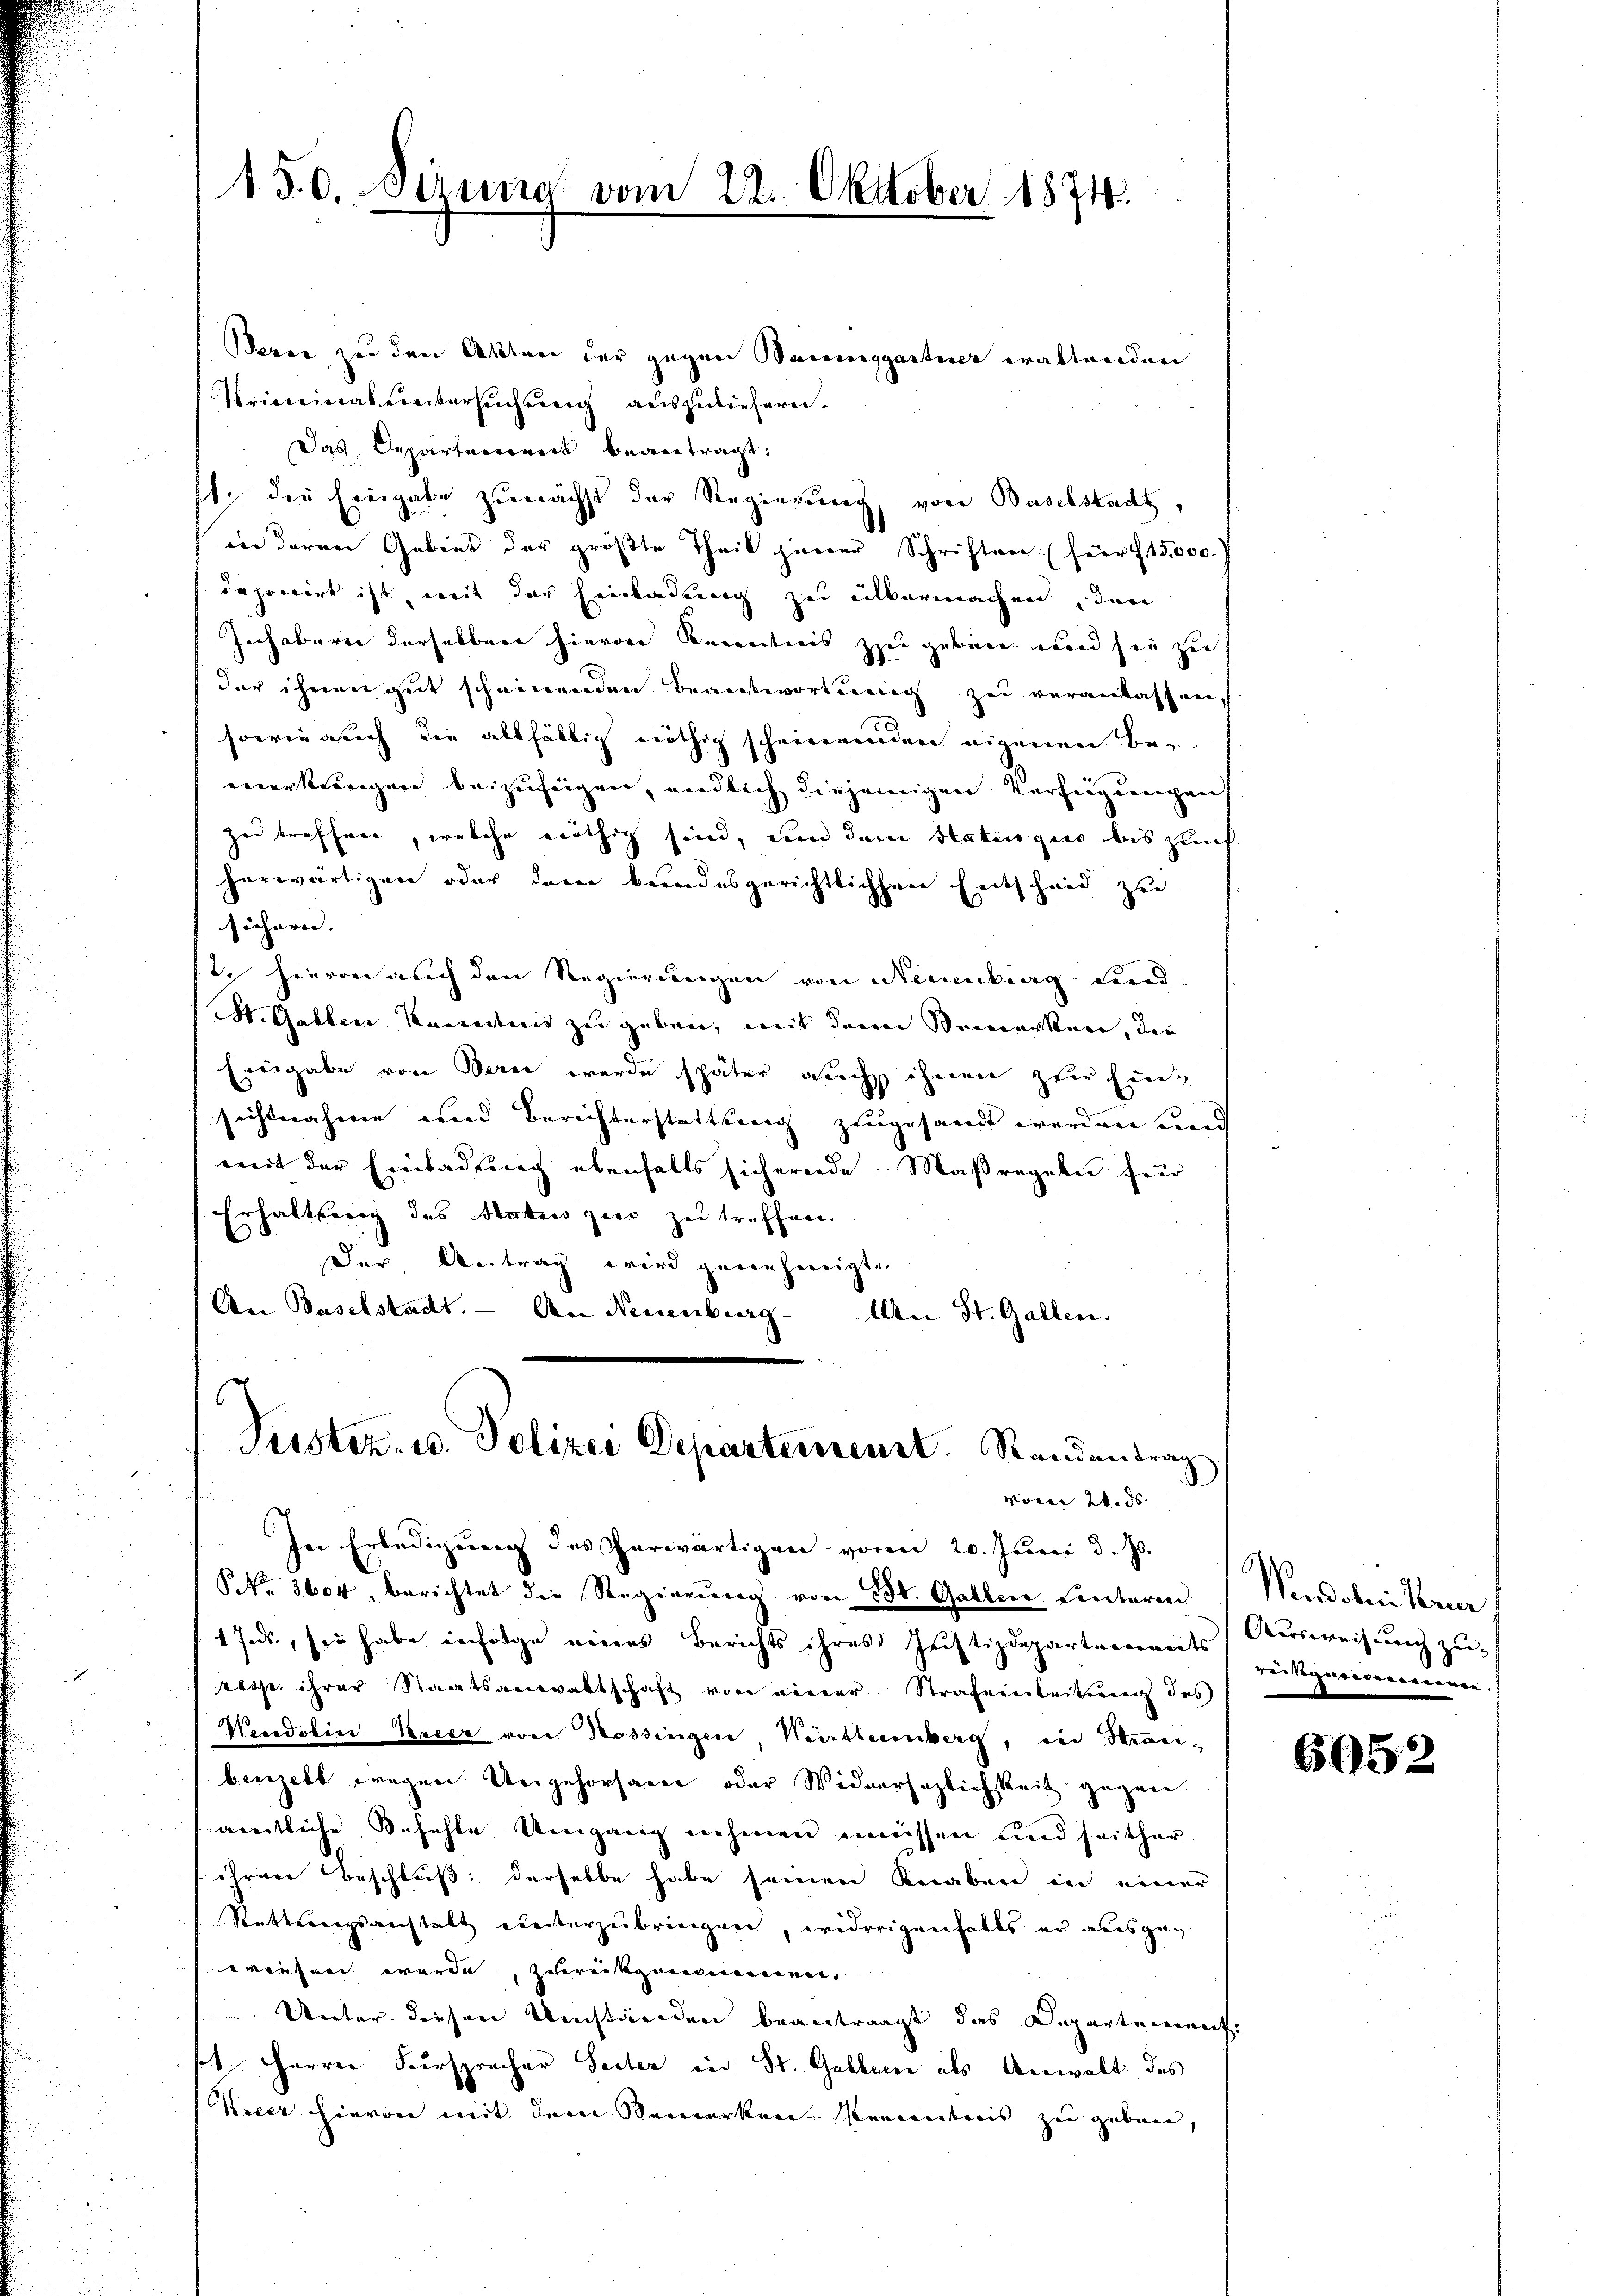
150. Sirung vom 22. Oktober 1874.

Berce, zu den Akten der gegen Bauinggartner waltenden
Kriminat Freitersuchung auszuliefern.
Das Departement beantragt:
t. die Eingabe zunächst der Regierung, von Baselstadt,
in deren Gebiet der größte Theil jener Schriften für 15,000.
deponirt ist, mit der Einladung zu entkermachen, den
Inhaberei derselben hievon Recentenis zu gebene und sie zu
der ihnen gut scheinenden Beantwortung zu veranlassen,
sowie auch die allfällig nöthig scheinwenden eigenen Beanerkereigen beizuzeigen, endlich diejenigen Verfügungen
zu treffen, welche nöthig sind, von der Statusgies bis zum
herwärtigen oder dem bundesgerichtlichen Entscheid zu
sicheren. |
2. Hievon auch den Regierungen von Neuenburg Land¬
St. Gallen Kenntnis zu geben, mit dem Sinnerture, die
Eingabe von Bern werde später auch ihnen zur Einsichtnahme und Berichterstattung zugesandt werden und
mit der Einladung ebenfalls sichernde Maßregeln für
Erhaltserig des Statis gies zu treffen.
Der Antrag wird genehmigte
An Baselstadt. — An Neuenburg. An St. Gallen.

6
Justiz- u. Polizei Departement. Standentrag
vom 21. ds.

In Erledigung des erwärtigen vorn 20. Juni d. Js.
NNo. 3604, berichtet die Regierŭng von 150. Gallen. Einteren
1 Inde, sei habe infolge eines Berichts ihres Justizdeparternants in Syndicieren.
tesse ihrer Staatsanwaltschaft von einer Strafeinleitung des
Neudobin Percer von Kassingen, Württemberg, in Stranbierzell wegen Ungehorsame oder Widersezlichkeit gegen.
sämtliche Befehle Umgang nehmen müssen und seither
ihrere Beschluß: derselbe habe seinen Knaben in einer
Rettungsanstalt einterzubringen, widerigenfalls er ausgewiesen werde, zurückgenommen.
Unter diesen Umständen beantragt das Departement.
st Harrer. Fürspracher Seiter in St. Galleine als Anwalt des
Kieer hievon mit dem Bemerken Verwarteiis zu geben,

Vndohnikum
Ausweisung zu

6952